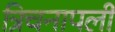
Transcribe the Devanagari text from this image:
त्रिचनापली